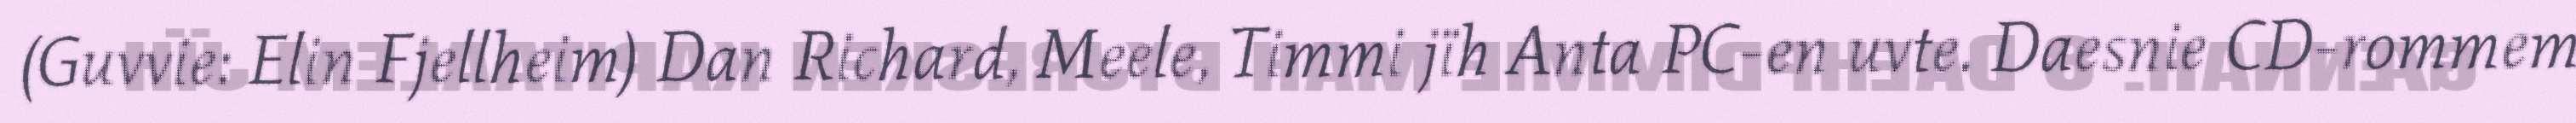
(Guvvie: Elin Fjellheim) Dan Richard, Meele, Timmi jïh Anta PC-en uvte. Daesnie CD-rommem